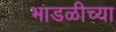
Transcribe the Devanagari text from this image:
भाडळीच्या